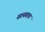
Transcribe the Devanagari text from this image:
सायगाव